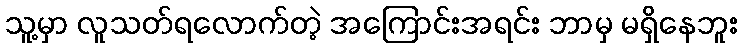
သူ့မှာ လူသတ်ရလောက်တဲ့ အကြောင်းအရင်း ဘာမှ မရှိနေဘူး